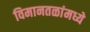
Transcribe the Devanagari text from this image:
विमानतळांमध्ये